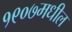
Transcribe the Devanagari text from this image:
१९०७मधील